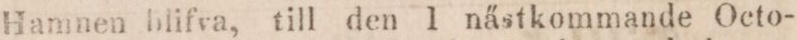
Hamnen blifva, till den 1 nästkommande Octo-